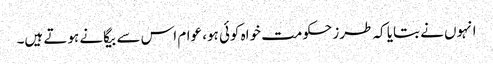
انہوں نے بتایا کہ طرز حکومت خواہ کوئی ہو، عوام اس سے بیگانے ہوتے ہیں۔